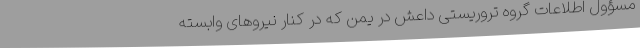
مسؤول اطلاعات گروه تروریستی داعش در یمن که در کنار نیروهای وابسته